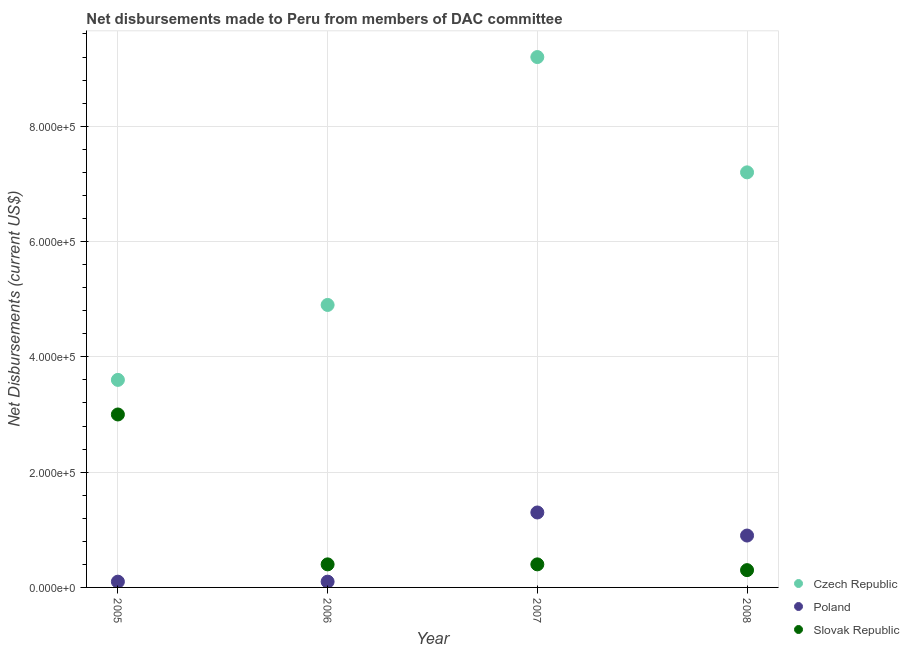
| Year | Czech Republic | Poland | Slovak Republic |
 | --- | --- | --- | --- |
 | 2005 | 3.6e+05 | 1e+04 | 3e+05 |
 | 2006 | 4.9e+05 | 1e+04 | 4e+04 |
 | 2007 | 9.2e+05 | 1.3e+05 | 4e+04 |
 | 2008 | 7.2e+05 | 9e+04 | 3e+04 |